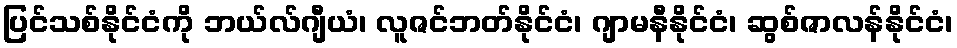
ပြင်သစ်နိုင်ငံကို ဘယ်လ်ဂျီယံ၊ လူဇင်ဘတ်နိုင်ငံ၊ ဂျာမနီနိုင်ငံ၊ ဆွစ်ဇာလန်နိုင်ငံ၊